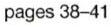
pages 38-41